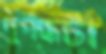
দুর্গন্ধটা